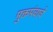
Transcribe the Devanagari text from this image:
मुक्तमंचाचे